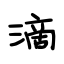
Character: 滴